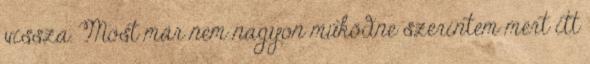
vissza. Most már nem nagyon működne szerintem mert itt